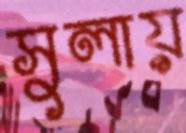
সুলায়